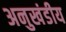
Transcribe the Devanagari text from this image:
अनुखंडीय